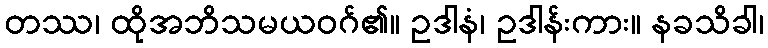
တဿ၊ ထိုအဘိသမယဝဂ်၏။ ဥဒါနံ၊ ဥဒါန်းကား။ နခသိခါ၊